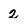
Character: 2